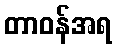
တာဝန်အရ